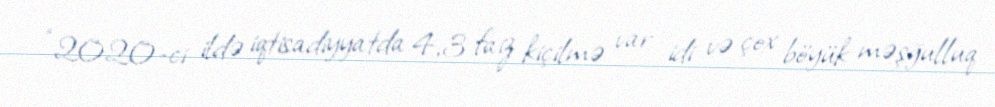
“2020-ci ildə iqtisadiyyatda 4,3 faiz kiçilmə var idi və çox böyük məşğulluq